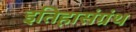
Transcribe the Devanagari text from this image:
इतिहासंग्रंथ